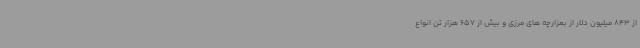
از 843 میلیون دلار از بعزارچه های مرزی و بیش از 657 هزار تن انواع